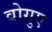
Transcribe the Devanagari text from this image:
वोगुए